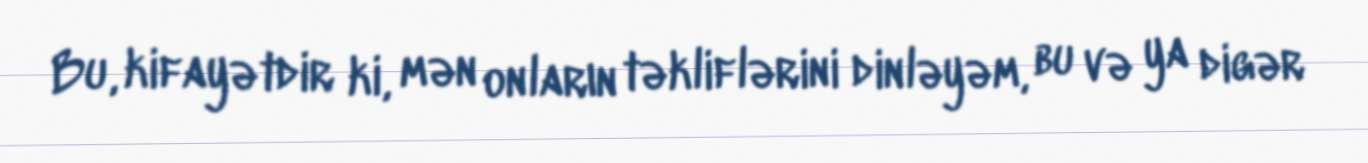
Bu, kifayətdir ki, mən onların təkliflərini dinləyəm, bu və ya digər